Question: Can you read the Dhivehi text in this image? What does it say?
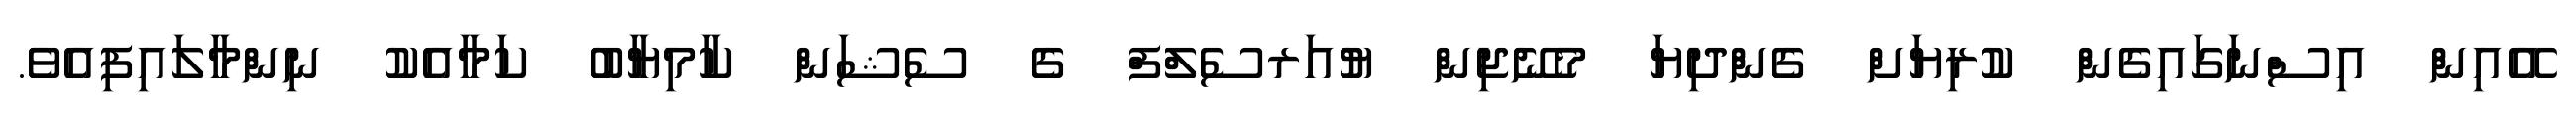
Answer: އޭއިން އިސްނަގައިގެން ކުރިޔަށް ގެންދިޔަ މެނޭޖިން ޔުއަރސެލްފް ގެ ސެޝަން ކާމިޔާބު ކަމާއެކު ނިންމާލައިފިއެވެ.